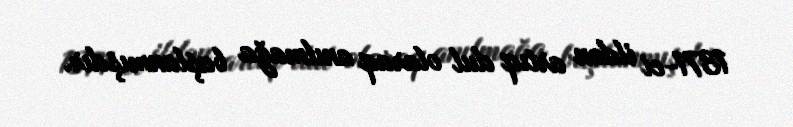
1371-ci ildən artıq dul olaraq anılmağa başlanmışdır.